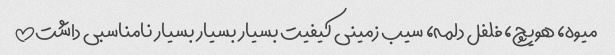
میوه، هویچ، فلفل دلمه، سیب زمینی کیفیت بسیار بسیار بسیار نامناسبی داشت!!